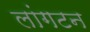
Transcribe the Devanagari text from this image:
लांगटन